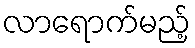
လာရောက်မည့်